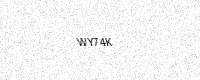
Text: WY74K